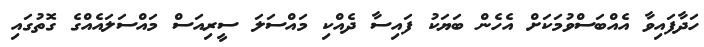
ހަދާފައިވާ އެއްބަސްވުމަކަށް އެހެން ބަޔަކު ފައިސާ ދެއްކި މައްސަލަ ސީރިއަސް މައްސަލައެއްގެ ގޮތުގައި